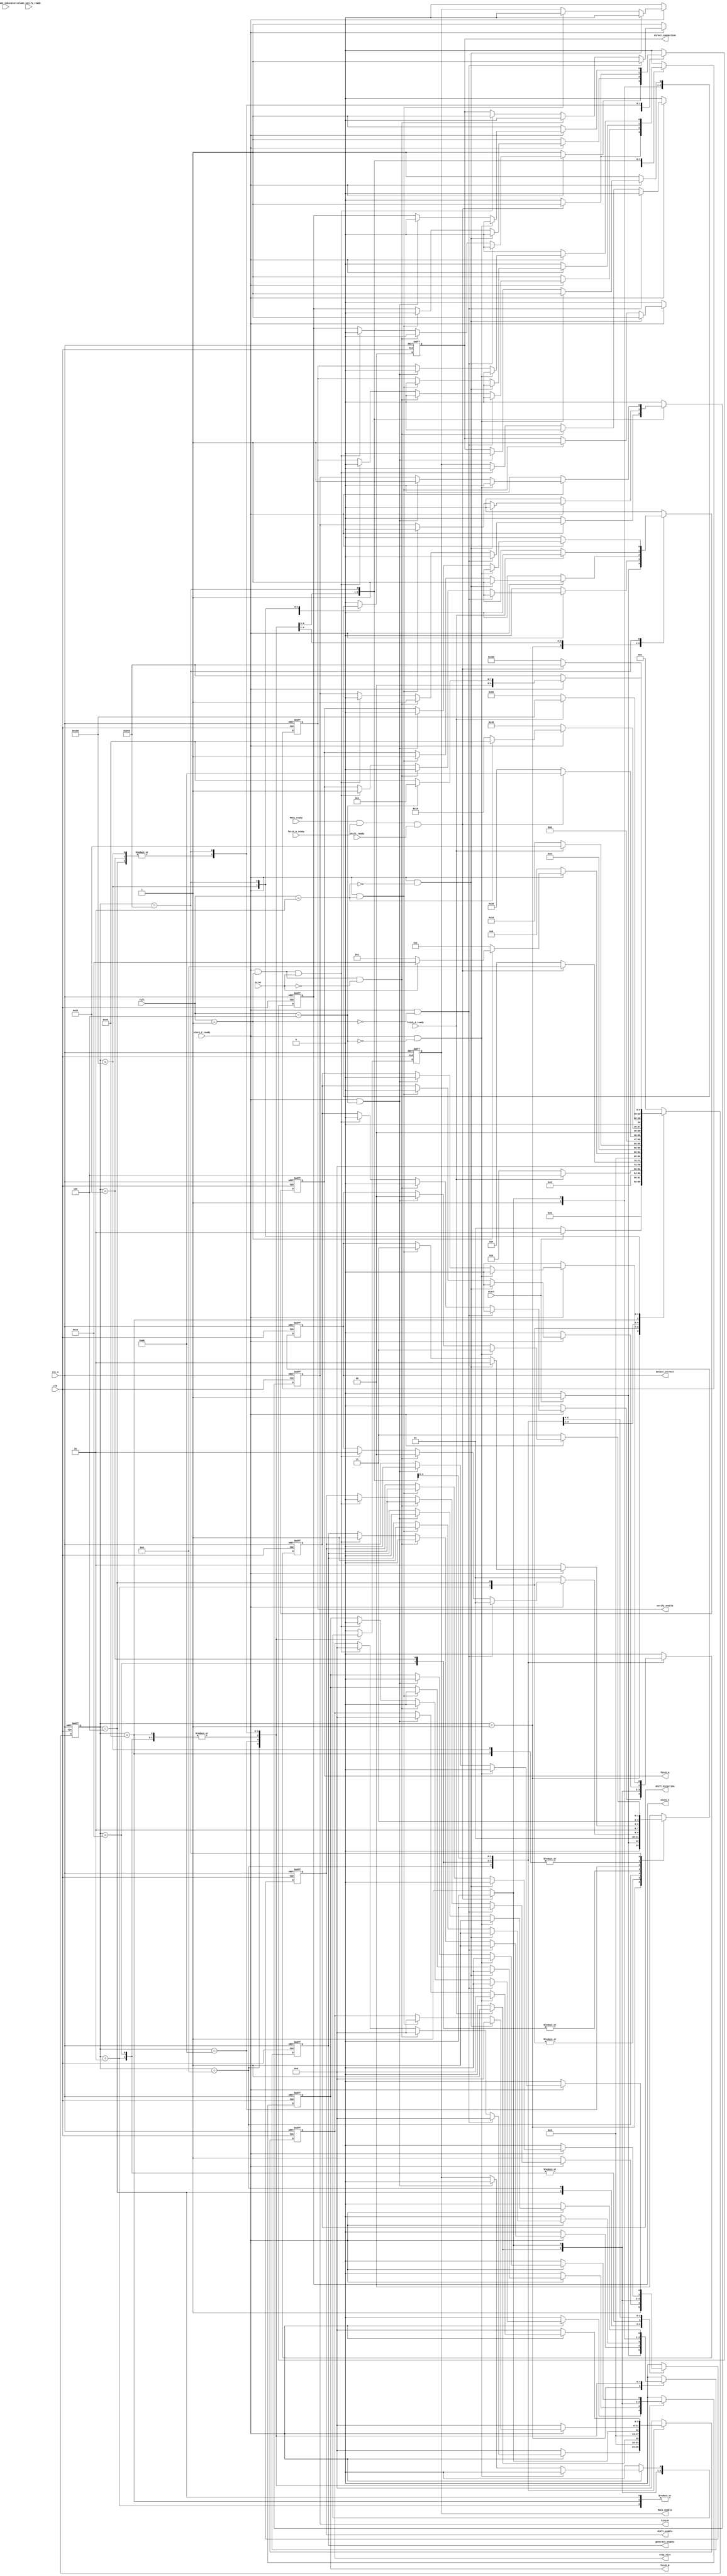
`timescale 1ns / 1ps
//////////////////////////////////////////////////////////////////////////////////
// Company: 
// Engineer: 
// 
// Design Name: 
// Module Name: FSM_for_Baseline_with_Fault_Tolerance_Logic
// Project Name: 
// Target Devices: 
// Tool Versions: 
// Description: 
// 
// Dependencies: 
// 
// Revision:
// Revision 0.01 - File Created
// Additional Comments:
// 
//////////////////////////////////////////////////////////////////////////////////
//assign
//(=<=initialalways)
//=initial
//clkclk
//alwaysalwaysVerilog
//always@(*)tb
//RTL(always
module FSM_for_Baseline_with_Fault_Tolerance_Logic(
    //input ports
    input clk,
    input rst_n, //rst_n
    //testbench
    input start,
    input store_C_ready,
    //MACs
    input MACs_ready,
    //
    input fetch_A_ready,
    input fetch_B_ready,
    input [2:0] full,
    //
    input shift_ready,
    //
    input [32:0] column_indicator, //
    input error,
    input column_verify_ready,  //
    
    // output ports
    //
    output [1:0] detect_correct,
    output generate_enable,
    output fetch_A,
    output fetch_B,
    //
    output shift_enable,
    output shift_direction,
    output [5:0] step_size,
    output direct_connection,
    //
    output verify_enable,
    //MACs
    output MACs_enable,
    //testbench
    output store_C,
    output finish
    );
    ///////////////////////////////////////////////////////////////
    /////////////////////////////////////////////////////////
    //////////////////////////////////////////////////////////////////
    
    ///////////////////////////////////////////////////////////////
    reg [9:0] state,
              next_state;
    ///////////////////////////////////////////////////////////////
    //,OneHot
    parameter   IDLE = 10'b00000_00001,
                Buffer_row_A = 10'b00000_00010,
                Multiply_accumulate = 10'b00000_00100,
                Write_row_C =10'b00000_01000,
                Buffer_row_A_Correct1 = 10'b00000_10000,
                Multiply_Accumulate_Correct1 = 10'b00001_00000,
                Write_row_C_Correct1 = 10'b00010_00000,
                Buffer_row_A_Correct2 = 10'b00100_00000,
                Multiply_Accumulate_Correct2 = 10'b01000_00000,
                Write_row_C_Correct2 = 10'b10000_00000;
    /////////////////////////////////////////////////////////////////

    ////////////////////////////////////////////
    reg [1:0] O_detect_correct;
    reg [5:0] O_step_size;
    reg O_generate_enable,
        O_fetch_A,
        O_fetch_B,
        O_shift_enable,
        O_shift_direction,
        O_direct_connection,
        O_verify_enable,
        O_MACs_enable,
        O_store_C,
        O_finish;

    //////////////////////////////////////////////////////////////////////////////////////////////////////
    //
    always@(posedge clk or negedge rst_n)begin
        if(!rst_n)begin
            state <= IDLE;
        end
        else begin
            state <= next_state;
        end
    end
    //
    always@(*) begin
      case(state)
        IDLE: 
            next_state = (start) ? Buffer_row_A : IDLE;
        Buffer_row_A:
            if(fetch_A_ready == 1'b1) begin
                next_state = Multiply_accumulate;
            end else begin
                next_state = Buffer_row_A;
            end
            // next_state = (fetch_A_ready) ? Multiply_accumulate : Buffer_row_A;
        Multiply_accumulate:
            if(MACs_ready&&fetch_B_ready&&shift_ready == 1'b1) begin
                next_state = Write_row_C;
            end else begin
                next_state = Multiply_accumulate;
            end
            // next_state = (MACs_ready&&fetch_B_ready) ? Write_row_C : Multiply_accumulate;
        Write_row_C:
            next_state = (!store_C_ready) ? Write_row_C : ((~(full[2:0]==3'd1)) ? Buffer_row_A : ((~error) ? IDLE : Buffer_row_A_Correct1));
        Buffer_row_A_Correct1:
            next_state = (fetch_A_ready) ? Multiply_Accumulate_Correct1 : Buffer_row_A_Correct1;
        Multiply_Accumulate_Correct1:
            next_state = (MACs_ready&&fetch_B_ready&&shift_ready) ? Write_row_C_Correct1 : Multiply_Accumulate_Correct1;
        Write_row_C_Correct1:
            next_state = (!store_C_ready) ? Write_row_C_Correct1 : ((~(full[2:0]==3'd2)) ? Buffer_row_A_Correct1 : Buffer_row_A_Correct2);
        Buffer_row_A_Correct2:
            next_state = (!fetch_A_ready) ? Buffer_row_A_Correct2 : Multiply_Accumulate_Correct2;
        Multiply_Accumulate_Correct2:
            next_state = (MACs_ready&&fetch_B_ready&&shift_ready) ? Write_row_C_Correct2 : Multiply_Accumulate_Correct2;
        Write_row_C_Correct2:
            next_state = (!store_C_ready) ? Write_row_C_Correct2 : ((~(full[2:0]==3'd4)) ? Buffer_row_A_Correct2 : IDLE);
        default:
            next_state = IDLE;
      endcase
    end
    //
    always@(posedge clk or negedge rst_n) begin
        if(!rst_n)begin //IDLE
            //
            O_detect_correct <= 2'd0;
            O_generate_enable <= 1'd0;
            O_fetch_A <= 1'd0;
            O_fetch_B <= 1'd0;
            //
            O_shift_enable <= 1'd0;
            O_shift_direction <= 1'd0;
            O_step_size <= 6'd0;
            O_direct_connection <= 1'd0;
            //
            O_verify_enable <= 1'd0;
            //MACs
            O_MACs_enable <= 1'd0;
            //testbench
            O_store_C <= 1'd0;
            O_finish <= 1'd0;
        end
        else begin
          case(state) //statecase(state)state
                IDLE: //RTL
                    begin
                      if(start)begin //ABMACsAmuxmux_sel
                          //
                            O_detect_correct <= 2'd1;
                            O_generate_enable <= 1'd1;
                            O_fetch_A <= 1'd1;
                            O_fetch_B <= 1'd0;
                            //
                            O_shift_enable <= 1'd0;
                            O_shift_direction <= 1'd0;
                            O_step_size <= 6'd0;
                            O_direct_connection <= 1'd1;
                            //
                            O_verify_enable <= 1'd0;
                            //MACs
                            O_MACs_enable <= 1'd0;
                            //testbench
                            O_store_C <= 1'd0;
                            O_finish <= 1'd0;
                      end
                      else begin //IDLE
                            //
                            O_detect_correct <= 2'd0;
                            O_generate_enable <= 1'd0;
                            O_fetch_A <= 1'd0;
                            O_fetch_B <= 1'd0;
                            //
                            O_shift_enable <= 1'd0;
                            O_shift_direction <= 1'd0;
                            O_step_size <= 6'd0;
                            O_direct_connection <= 1'd0;
                            //
                            O_verify_enable <= 1'd0;
                            //MACs
                            O_MACs_enable <= 1'd0;
                            //testbench
                            O_store_C <= 1'd0;
                            O_finish <= 1'd0;
                      end
                    end
                Buffer_row_A:
                    begin
                      if(fetch_A_ready)begin   //Multiply_accumulate
                            //
                            O_detect_correct <= 2'd1;
                            O_generate_enable <= 1'd1;
                            O_fetch_A <= 1'd0;
                            O_fetch_B <= 1'd1;
                            //
                            O_shift_enable <= 1'd1;
                            O_shift_direction <= 1'd0;
                            O_step_size <= 6'd0;
                            O_direct_connection <= 1'd1;
                            //
                            O_verify_enable <= 1'd0;
                            //MACs
                            O_MACs_enable <= 1'd1;
                            //testbench
                            O_store_C <= 1'd0;
                            O_finish <= 1'd0;
                      end
                      else begin    //Buffer_row_A
                            //
                            O_detect_correct <= 2'd1;
                            O_generate_enable <= 1'd1;
                            O_fetch_A <= 1'd1;
                            O_fetch_B <= 1'd0;
                            //
                            O_shift_enable <= 1'd0;
                            O_shift_direction <= 1'd0;
                            O_step_size <= 6'd0;
                            O_direct_connection <= 1'd1;
                            //
                            O_verify_enable <= 1'd0;
                            //MACs
                            O_MACs_enable <= 1'd0;
                            //testbench
                            O_store_C <= 1'd0;
                            O_finish <= 1'd0;
                      end
                    end
                Multiply_accumulate:
                    begin
                      if(MACs_ready&&fetch_B_ready&&shift_ready)begin  //Write_row_C
                            //
                            O_detect_correct <= 2'd1;
                            O_generate_enable <= 1'd0;
                            O_fetch_A <= 1'd0;
                            O_fetch_B <= 1'd0;
                            //
                            O_shift_enable <= 1'd1;
                            O_shift_direction <= 1'd0;
                            O_step_size <= 6'd0;
                            O_direct_connection <= 1'd1;
                            //
                            O_verify_enable <= 1'd1;
                            //MACs
                            O_MACs_enable <= 1'd0;
                            //testbench
                            O_store_C <= 1'd1;
                            O_finish <= 1'd0;
                      end
                      else begin            //Multiply_accumulate
                            //
                            O_detect_correct <= 2'd1;
                            O_generate_enable <= 1'd1;
                            O_fetch_A <= 1'd0;
                            O_fetch_B <= 1'd1;
                            //
                            O_shift_enable <= 1'd1;
                            O_shift_direction <= 1'd0;
                            O_step_size <= 6'd0;
                            O_direct_connection <= 1'd1;
                            //
                            O_verify_enable <= 1'd0;
                            //MACs
                            O_MACs_enable <= 1'd1;
                            //testbench
                            O_store_C <= 1'd0;
                            O_finish <= 1'd0;
                      end
                    end
                Write_row_C:
                    begin
                      if(!store_C_ready)begin //Write_row_C
                            //
                            O_detect_correct <= 2'd1;
                            O_generate_enable <= 1'd0;
                            O_fetch_A <= 1'd0;
                            O_fetch_B <= 1'd0;
                            //
                            O_shift_enable <= 1'd1;
                            O_shift_direction <= 1'd0;
                            O_step_size <= 6'd0;
                            O_direct_connection <= 1'd1;
                            //
                            O_verify_enable <= 1'd1;
                            //MACs
                            O_MACs_enable <= 1'd0;
                            //testbench
                            O_store_C <= 1'd1;
                            O_finish <= 1'd0;
                      end
                      else if(store_C_ready&&~(full==3'd1)) begin//Buffer_row_A
                            //
                            O_detect_correct <= 2'd1;
                            O_generate_enable <= 1'd1;
                            O_fetch_A <= 1'd1;
                            O_fetch_B <= 1'd0;
                            //
                            O_shift_enable <= 1'd0;
                            O_shift_direction <= 1'd0;
                            O_step_size <= 6'd0;
                            O_direct_connection <= 1'd1;
                            //
                            O_verify_enable <= 1'd0;
                            //MACs
                            O_MACs_enable <= 1'd0;
                            //testbench
                            O_store_C <= 1'd0;
                            O_finish <= 1'd0;
                      end
                      else if(store_C_ready&&(full==3'd1)&&~error) begin//IDLE
                            //
                            O_detect_correct <= 2'd0;
                            O_generate_enable <= 1'd0;
                            O_fetch_A <= 1'd0;
                            O_fetch_B <= 1'd0;
                            //
                            O_shift_enable <= 1'd0;
                            O_shift_direction <= 1'd0;
                            O_step_size <= 6'd0;
                            O_direct_connection <= 1'd0;
                            //
                            O_verify_enable <= 1'd0;
                            //MACs
                            O_MACs_enable <= 1'd0;
                            //testbench
                            O_store_C <= 1'd0;
                            O_finish <= 1'd1;
                      end
                      else if(store_C_ready&&(full==3'd1)&&error) begin //Buffer_row_A_Correct1
                            //
                            O_detect_correct <= 2'd2;
                            O_generate_enable <= 1'd1;
                            O_fetch_A <= 1'd1;
                            O_fetch_B <= 1'd0;
                            //
                            O_shift_enable <= 1'd0;
                            O_shift_direction <= 1'd0;
                            O_step_size <= 6'd0;
                            O_direct_connection <= 1'd1;
                            //
                            O_verify_enable <= 1'd0;
                            //MACs
                            O_MACs_enable <= 1'd0;
                            //testbench
                            O_store_C <= 1'd0;
                            O_finish <= 1'd0;
                      end
                    end
                Buffer_row_A_Correct1:
                    begin
                      if(!fetch_A_ready) begin    //Buffer_row_A_Correct1
                            //
                            O_detect_correct <= 2'd2;
                            O_generate_enable <= 1'd1;
                            O_fetch_A <= 1'd1;
                            O_fetch_B <= 1'd0;
                            //
                            O_shift_enable <= 1'd0;
                            O_shift_direction <= 1'd0;
                            O_step_size <= 6'd0;
                            O_direct_connection <= 1'd1;
                            //
                            O_verify_enable <= 1'd0;
                            //MACs
                            O_MACs_enable <= 1'd0;
                            //testbench
                            O_store_C <= 1'd0;
                            O_finish <= 1'd0;
                      end else begin          //Multiply_Accumulate_Correct1
                            //
                            O_detect_correct <= 2'd2;
                            O_generate_enable <= 1'd1;
                            O_fetch_A <= 1'd0;
                            O_fetch_B <= 1'd1;
                            //
                            O_shift_enable <= 1'd1;
                            O_shift_direction <= 1'd1;//
                            O_step_size <= 6'd1;//1
                            O_direct_connection <= 1'd0;
                            //
                            O_verify_enable <= 1'd0;
                            //MACs
                            O_MACs_enable <= 1'd1;
                            //testbench
                            O_store_C <= 1'd0;
                            O_finish <= 1'd0;
                      end
                    end  
                Multiply_Accumulate_Correct1:
                    begin
                      if(MACs_ready&&fetch_B_ready&&shift_ready)begin    //Write_row_C_Correct1
                            //
                            O_detect_correct <= 2'd2;
                            O_generate_enable <= 1'd0;
                            O_fetch_A <= 1'd0;
                            O_fetch_B <= 1'd0;
                            //
                            O_shift_enable <= 1'd0;
                            O_shift_direction <= 1'd0;
                            O_step_size <= 6'd0;
                            O_direct_connection <= 1'd0;
                            //
                            O_verify_enable <= 1'd0;
                            //MACs
                            O_MACs_enable <= 1'd0;
                            //testbench
                            O_store_C <= 1'd1;
                            O_finish <= 1'd0;
                      end
                      else begin    //Multiply_Accumulate_Correct1
                            //
                            O_detect_correct <= 2'd2;
                            O_generate_enable <= 1'd1;
                            O_fetch_A <= 1'd0;
                            O_fetch_B <= 1'd1;
                            //
                            O_shift_enable <= 1'd1;
                            O_shift_direction <= 1'd1;//
                            O_step_size <= 6'd1;//1
                            O_direct_connection <= 1'd0;
                            //
                            O_verify_enable <= 1'd0;
                            //MACs
                            O_MACs_enable <= 1'd1;
                            //testbench
                            O_store_C <= 1'd0;
                            O_finish <= 1'd0;
                      end
                    end
                Write_row_C_Correct1:
                    begin
                      if(!store_C_ready) begin     //Write_row_C_Correct1
                            //
                            O_detect_correct <= 2'd2;
                            O_generate_enable <= 1'd0;
                            O_fetch_A <= 1'd0;
                            O_fetch_B <= 1'd0;
                            //
                            O_shift_enable <= 1'd0;
                            O_shift_direction <= 1'd0;
                            O_step_size <= 6'd0;
                            O_direct_connection <= 1'd0;
                            //
                            O_verify_enable <= 1'd0;
                            //MACs
                            O_MACs_enable <= 1'd0;
                            //testbench
                            O_store_C <= 1'd1;
                            O_finish <= 1'd0;
                      end else if(store_C_ready&&~(full==3'd2)) begin   //Buffer_row_A_Correct1
                            //
                            O_detect_correct <= 2'd2;
                            O_generate_enable <= 1'd1;
                            O_fetch_A <= 1'd1;
                            O_fetch_B <= 1'd0;
                            //
                            O_shift_enable <= 1'd0;
                            O_shift_direction <= 1'd0;
                            O_step_size <= 6'd0;
                            O_direct_connection <= 1'd1;
                            //
                            O_verify_enable <= 1'd0;
                            //MACs
                            O_MACs_enable <= 1'd0;
                            //testbench
                            O_store_C <= 1'd0;
                            O_finish <= 1'd0;
                      end else if(store_C_ready&&(full==3'd2)) begin //Buffer_row_A_Correct1
                            //                          //Buffer_row_A_Correct2
                            O_detect_correct <= 2'd3;
                            O_generate_enable <= 1'd1;
                            O_fetch_A <= 1'd1;
                            O_fetch_B <= 1'd0;
                            //
                            O_shift_enable <= 1'd0;
                            O_shift_direction <= 1'd0;
                            O_step_size <= 6'd0;
                            O_direct_connection <= 1'd1;
                            //
                            O_verify_enable <= 1'd0;
                            //MACs
                            O_MACs_enable <= 1'd0;
                            //testbench
                            O_store_C <= 1'd0;
                            O_finish <= 1'd0;
                      end
                    end
                Buffer_row_A_Correct2:
                    begin
                      if(!fetch_A_ready) begin   //Buffer_row_A_Correct2
                            //    
                            O_detect_correct <= 2'd3;
                            O_generate_enable <= 1'd1;
                            O_fetch_A <= 1'd1;
                            O_fetch_B <= 1'd0;
                            //
                            O_shift_enable <= 1'd0;
                            O_shift_direction <= 1'd0;
                            O_step_size <= 6'd0;
                            O_direct_connection <= 1'd1;
                            //
                            O_verify_enable <= 1'd0;
                            //MACs
                            O_MACs_enable <= 1'd0;
                            //testbench
                            O_store_C <= 1'd0;
                            O_finish <= 1'd0;
                      end else begin       //Multiply_Accumulate_Correct2
                            //    
                            O_detect_correct <= 2'd3;
                            O_generate_enable <= 1'd1;
                            O_fetch_A <= 1'd0;
                            O_fetch_B <= 1'd1;
                            //
                            O_shift_enable <= 1'd0;
                            O_shift_direction <= 1'd0;
                            O_step_size <= 6'd0;
                            O_direct_connection <= 1'd1;
                            //
                            O_verify_enable <= 1'd0;
                            //MACs
                            O_MACs_enable <= 1'd1;
                            //testbench
                            O_store_C <= 1'd0;
                            O_finish <= 1'd0;
                      end
                    end
                Multiply_Accumulate_Correct2:
                    begin
                      if(fetch_B_ready&&MACs_ready&&shift_ready) begin //Write_row_C_Correct2
                            //    
                            O_detect_correct <= 2'd3;
                            O_generate_enable <= 1'd0;
                            O_fetch_A <= 1'd0;
                            O_fetch_B <= 1'd0;
                            //
                            O_shift_enable <= 1'd0;
                            O_shift_direction <= 1'd0;
                            O_step_size <= 6'd0;
                            O_direct_connection <= 1'd0;
                            //
                            O_verify_enable <= 1'd0;
                            //MACs
                            O_MACs_enable <= 1'd0;
                            //testbench
                            O_store_C <= 1'd1;
                            O_finish <= 1'd0;
                      end else begin  //Multiply_Accumulate_Correct2
                            //    
                            O_detect_correct <= 2'd3;
                            O_generate_enable <= 1'd1;
                            O_fetch_A <= 1'd0;
                            O_fetch_B <= 1'd1;
                            //
                            O_shift_enable <= 1'd0;
                            O_shift_direction <= 1'd0;
                            O_step_size <= 6'd0;
                            O_direct_connection <= 1'd1;
                            //
                            O_verify_enable <= 1'd0;
                            //MACs
                            O_MACs_enable <= 1'd1;
                            //testbench
                            O_store_C <= 1'd0;
                            O_finish <= 1'd0;
                      end 
                    end
                Write_row_C_Correct2:
                    begin
                      if(!store_C_ready) begin //Write_row_C_Correct2
                            //    
                            O_detect_correct <= 2'd3;
                            O_generate_enable <= 1'd0;
                            O_fetch_A <= 1'd0;
                            O_fetch_B <= 1'd0;
                            //
                            O_shift_enable <= 1'd0;
                            O_shift_direction <= 1'd0;
                            O_step_size <= 6'd0;
                            O_direct_connection <= 1'd1;
                            //
                            O_verify_enable <= 1'd0;
                            //MACs
                            O_MACs_enable <= 1'd0;
                            //testbench
                            O_store_C <= 1'd1;
                            O_finish <= 1'd0;
                      end else if(store_C_ready&&~(full==3'd4)) begin //Buffer_row_A_Correct2
                            //    
                            O_detect_correct <= 2'd3;
                            O_generate_enable <= 1'd1;
                            O_fetch_A <= 1'd1;
                            O_fetch_B <= 1'd0;
                            //
                            O_shift_enable <= 1'd0;
                            O_shift_direction <= 1'd0;
                            O_step_size <= 6'd0;
                            O_direct_connection <= 1'd1;
                            //
                            O_verify_enable <= 1'd0;
                            //MACs
                            O_MACs_enable <= 1'd0;
                            //testbench
                            O_store_C <= 1'd0;
                            O_finish <= 1'd0;
                      end else if(store_C_ready&&(full==3'd4)) begin //IDLE
                            //
                            O_detect_correct <= 2'd0;
                            O_generate_enable <= 1'd0;
                            O_fetch_A <= 1'd0;
                            O_fetch_B <= 1'd0;
                            //
                            O_shift_enable <= 1'd0;
                            O_shift_direction <= 1'd0;
                            O_step_size <= 6'd0;
                            O_direct_connection <= 1'd0;
                            //
                            O_verify_enable <= 1'd0;
                            //MACs
                            O_MACs_enable <= 1'd0;
                            //testbench
                            O_store_C <= 1'd0;
                            O_finish <= 1'd1;
                      end
                    end
              default :
                    begin //IDLE
                            //
                            O_detect_correct <= 2'd0;
                            O_generate_enable <= 1'd0;
                            O_fetch_A <= 1'd0;
                            O_fetch_B <= 1'd0;
                            //
                            O_shift_enable <= 1'd0;
                            O_shift_direction <= 1'd0;
                            O_step_size <= 6'd0;
                            O_direct_connection <= 1'd0;
                            //
                            O_verify_enable <= 1'd0;
                            //MACs
                            O_MACs_enable <= 1'd0;
                            //testbench
                            O_store_C <= 1'd0;
                            O_finish <= 1'd0;
                    end
          endcase
        end
    end
    
    assign  detect_correct = O_detect_correct,
            generate_enable = O_generate_enable,
            fetch_A = O_fetch_A,
            fetch_B = O_fetch_B,
            
            shift_enable = O_shift_enable,
            shift_direction = O_shift_direction,
            step_size = O_step_size,
            direct_connection = O_direct_connection,

            verify_enable = O_verify_enable,

            MACs_enable = O_MACs_enable,

            store_C = O_store_C,
            finish = O_finish;
endmodule